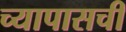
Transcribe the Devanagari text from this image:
च्यापासची